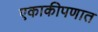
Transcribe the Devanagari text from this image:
एकाकीपणात